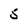
Character: 5